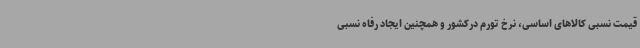
قیمت نسبی کالاهای اساسی، نرخ تورم درکشور و همچنین ایجاد رفاه نسبی